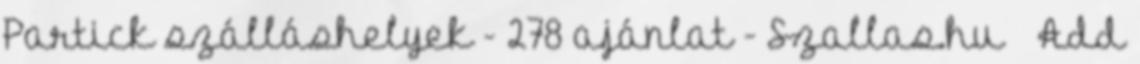
Partick szálláshelyek - 278 ajánlat - Szallas.hu × Add